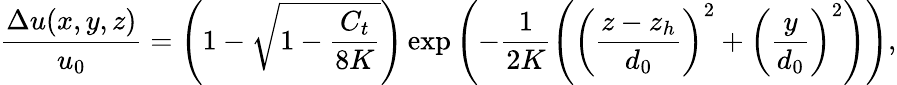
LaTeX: \frac{\Delta u(x,y,z)}{u_{0}}=\left(1-\sqrt{1-\frac{C_{t}}{8K}}\right)\exp\left(-\frac{1}{2K}\left(\left(\frac{z-z_{h}}{d_{0}}\right)^{2}+\left(\frac{y}{d_{0}}\right)^{2}\right)\right),